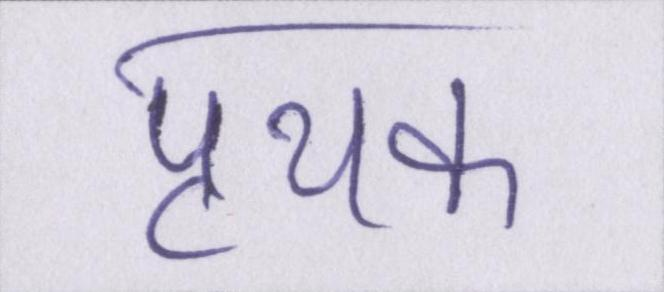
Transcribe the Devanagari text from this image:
पृथक